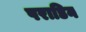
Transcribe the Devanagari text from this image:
पराडिन